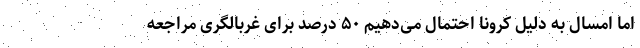
اما امسال به دلیل کرونا احتمال می‌دهیم ۵۰ درصد برای غربالگری مراجعه